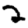
Digit: 2